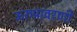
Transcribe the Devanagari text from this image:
ऊरुप्रावरणी